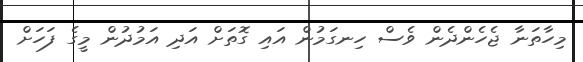
މިހާތަނާ ޖެހެންދެން ވެސް ހިނގަމުން އައި ގޮތަށް އަދި އަމުދުން މީގެ ފަހަށް